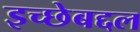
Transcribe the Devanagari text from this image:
इच्छेबद्दल